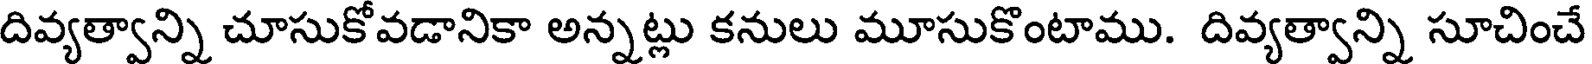
దివ్యత్వాన్ని చూసుకోవడానికా అన్నట్లు కనులు మూసుకొంటాము. దివ్యత్వాన్ని సూచించే